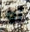
أو